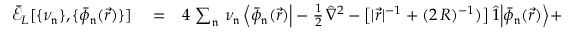
\begin{array} { r l r } { \mathcal { \bar { E } } _ { L } [ \{ \nu _ { \mathfrak { n } } \} , \{ \bar { \phi } _ { \mathfrak { n } } ( \vec { r } ) \} ] } & { { } = } & { 4 \, \sum _ { \mathfrak { n } } \, \nu _ { \mathfrak { n } } \, \Big \langle \bar { \phi } _ { \mathfrak { n } } ( \vec { r } ) \Big | - \frac { 1 } { 2 } \, \hat { \nabla } ^ { 2 } - \big [ | \vec { r } | ^ { - 1 } + ( 2 \, R ) ^ { - 1 } ) \big ] \, \hat { 1 } \Big | \bar { \phi } _ { \mathfrak { n } } ( \vec { r } ) \Big \rangle + } \end{array}